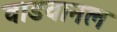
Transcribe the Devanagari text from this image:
वाडवानल